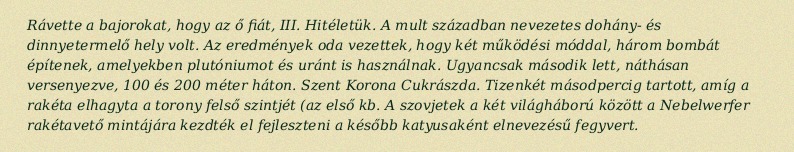
Rávette a bajorokat, hogy az ő fiát, III. Hitéletük. A mult században nevezetes dohány- és dinnyetermelő hely volt. Az eredmények oda vezettek, hogy két működési móddal, három bombát építenek, amelyekben plutóniumot és uránt is használnak. Ugyancsak második lett, náthásan versenyezve, 100 és 200 méter háton. Szent Korona Cukrászda. Tizenkét másodpercig tartott, amíg a rakéta elhagyta a torony felső szintjét (az első kb. A szovjetek a két világháború között a Nebelwerfer rakétavető mintájára kezdték el fejleszteni a később katyusaként elnevezésű fegyvert.